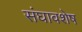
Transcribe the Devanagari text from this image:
संघावशेष